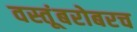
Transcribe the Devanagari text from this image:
वस्तूंबरोबरच